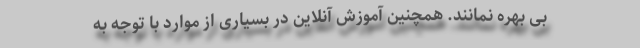
بی بهره نمانند. همچنین آموزش آنلاین در بسیاری از موارد با توجه به